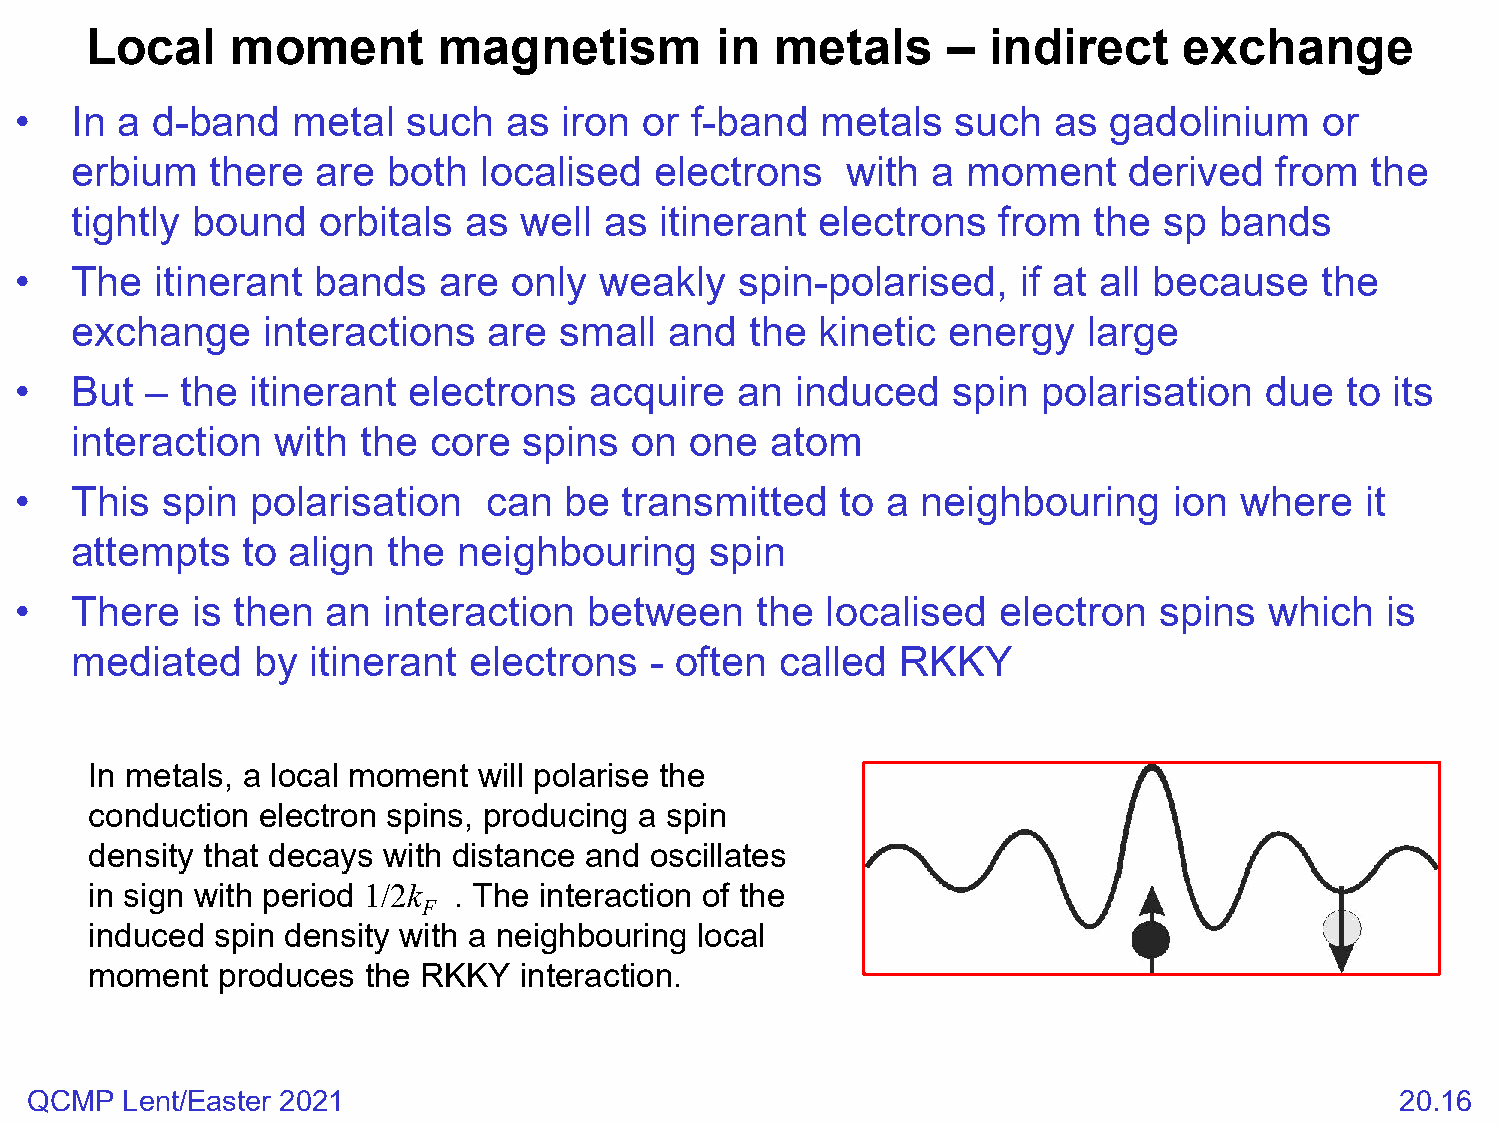
Local    moment        magnetism         in  metals      – indirect     exchange
 •   In a d-band   metal   such  as  iron  or f-band  metals   such   as gadolinium     or
 erbium   there  are  both  localised  electrons    with  a moment     derived   from  the
 tightly bound   orbitals  as well  as  itinerant electrons   from  the  sp  bands
 •   The  itinerant  bands   are  only  weakly   spin-polarised,    if at all because  the
 exchange    interactions   are  small  and   the kinetic  energy   large
 •   But  – the itinerant  electrons   acquire   an  induced   spin  polarisation   due  to its
 interaction  with  the core   spins  on  one  atom
 •   This  spin  polarisation   can  be  transmitted    to a neighbouring     ion where   it
 attempts   to align  the neighbouring     spin
 •   There   is then  an interaction   between    the  localised  electron   spins  which   is
 mediated    by itinerant  electrons   - often  called  RKKY
 In metals, a local moment will polarise the
 conduction electron spins, producing a spin
 density that decays with distance and oscillates
 in sign with period 1/2k . The interaction of the
 F
 induced spin density with a neighbouring local
 moment  produces  the RKKY  interaction.
 QCMP  Lent/Easter 2021                                                                     20.16